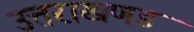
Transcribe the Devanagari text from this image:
उत्तराखणड